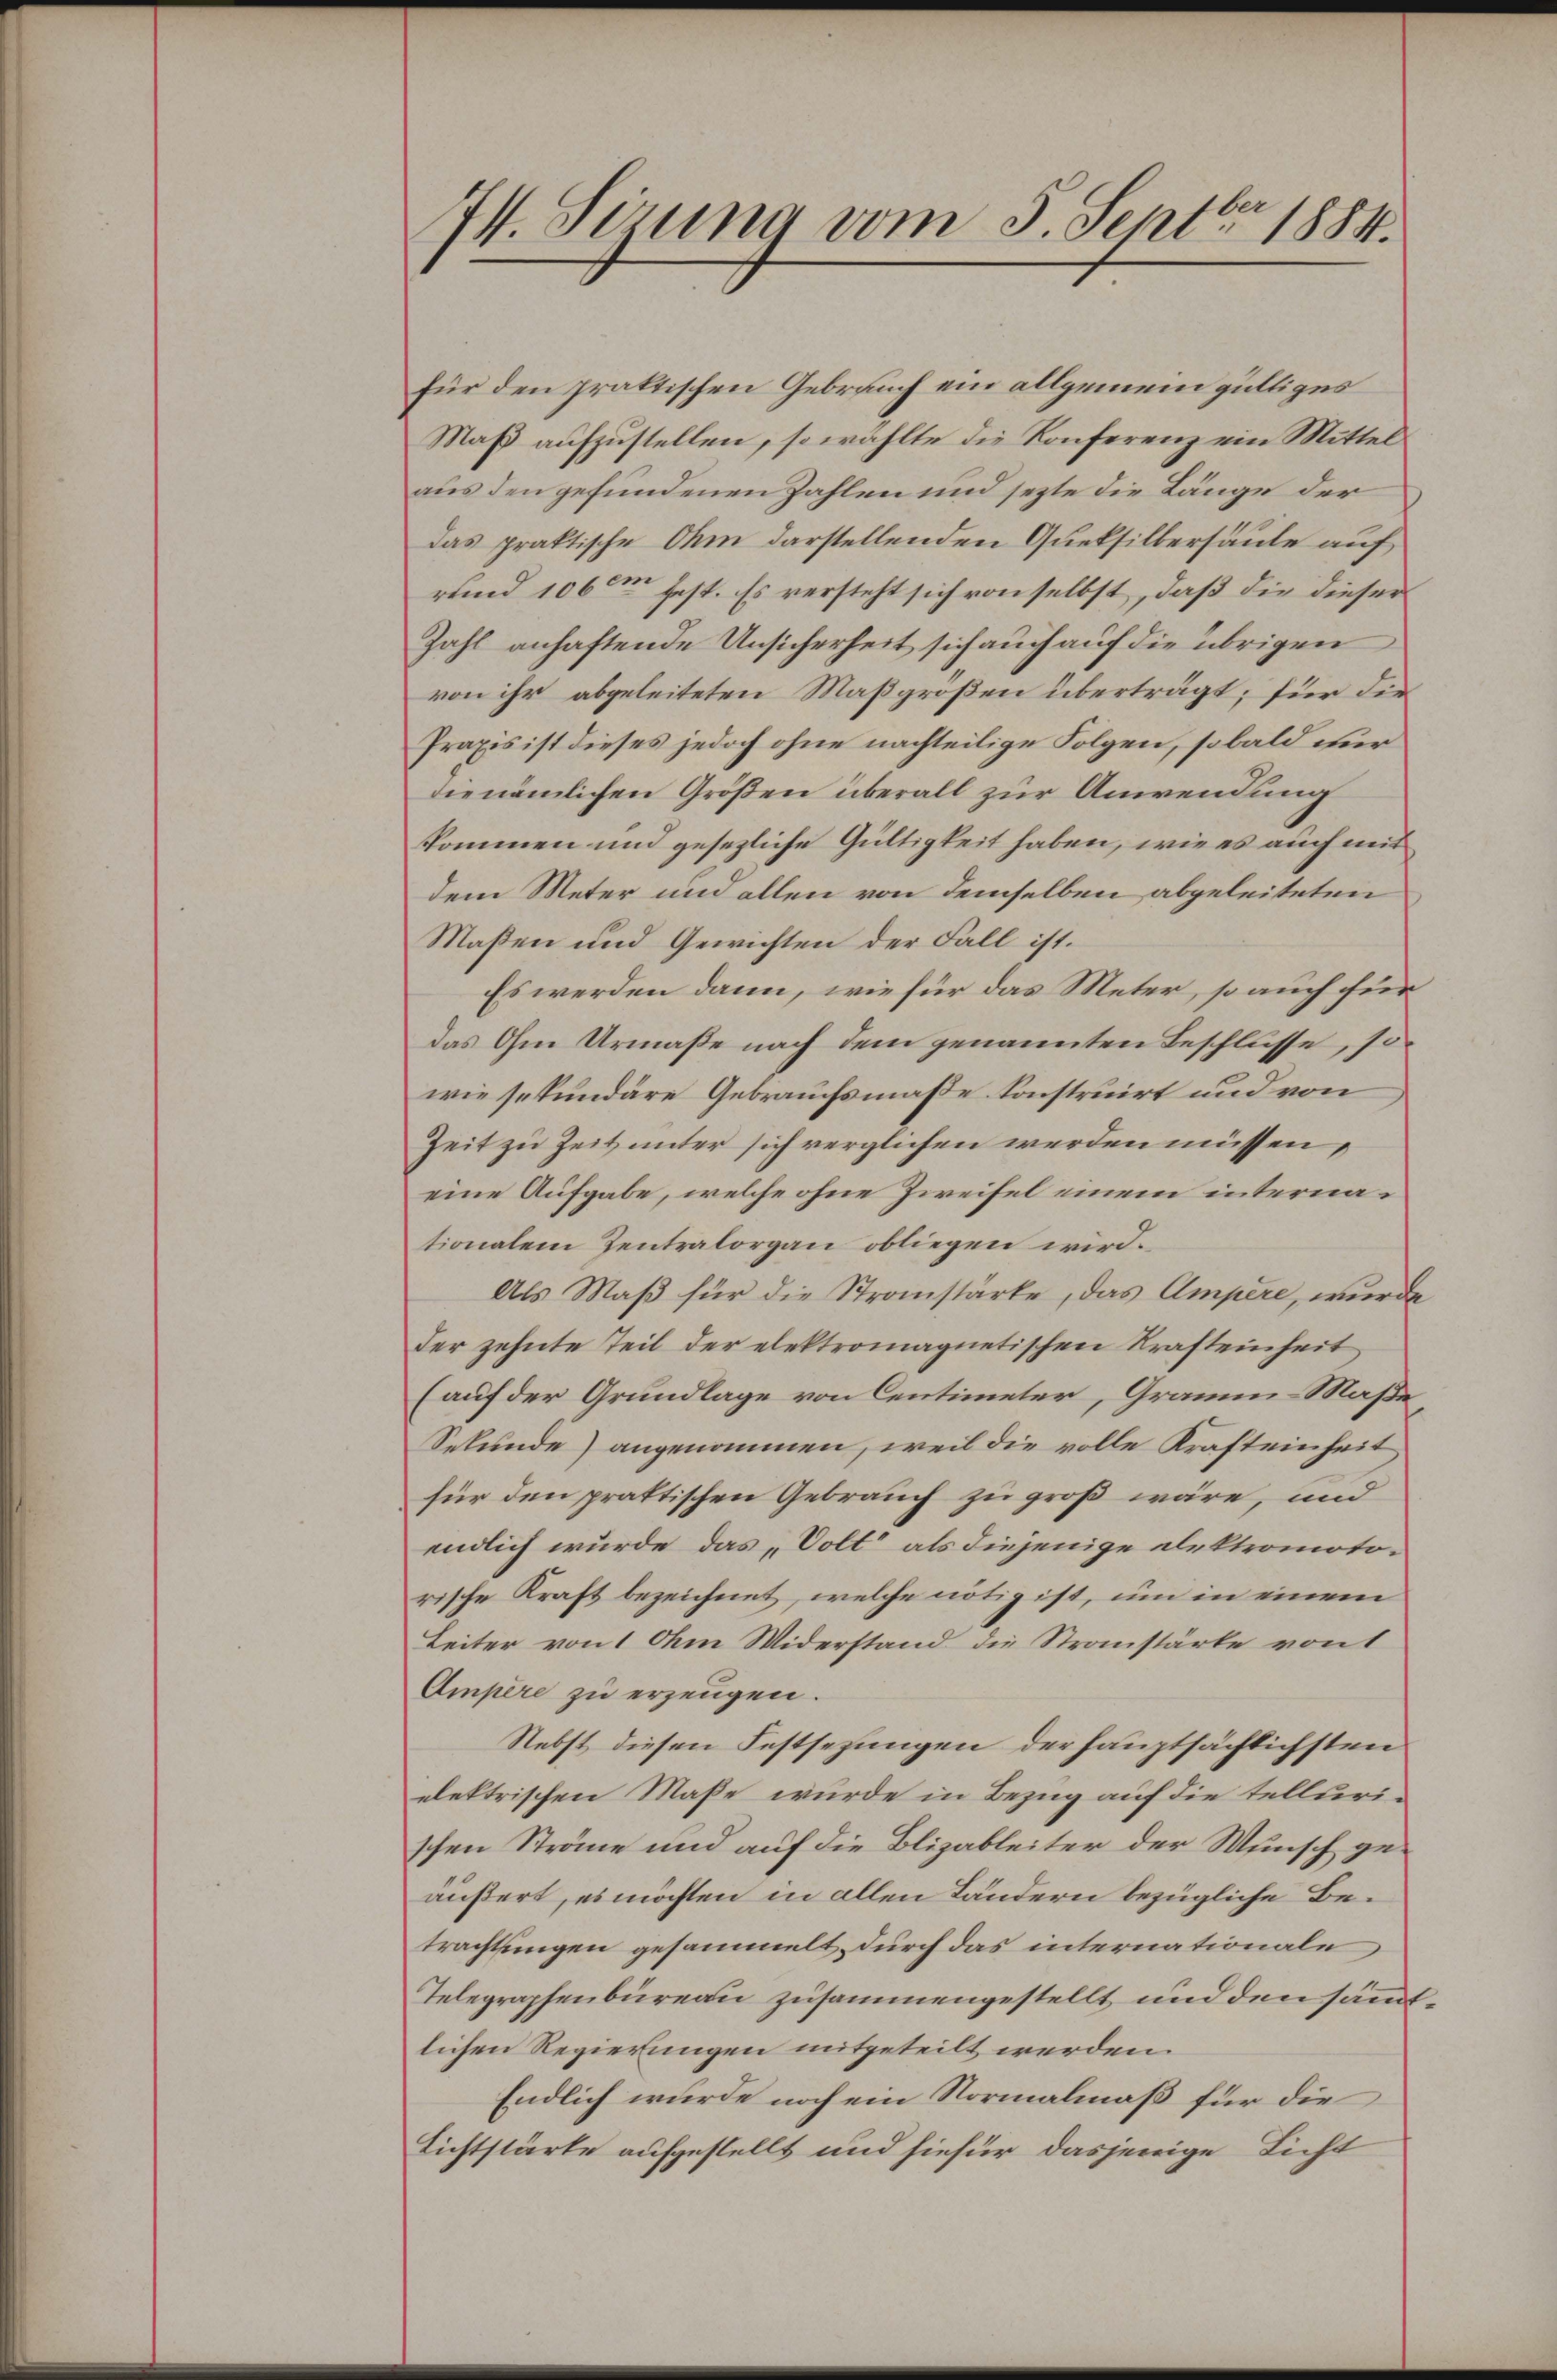
I4. Sizung vom 5. Septbr 1884.

für den praktischen Gebrauch ein allgemein gültiges
Maß aufzustellen, so wählte die Konferenz ein Mittel
aus den gefundenen Zahlen und jetzte die Länge der
das praktische Ihm darstellenden Queksilbersäule auf
rund 106 fest. Es versteht sich von selbst, daß die dieser
Zahl anhaftende Unsicherheit sich auch auf die übrigen
von ihr abgeleiteten Maßgroßen überträgt; für die
Praxis ist dieses jedoch ohne nachteilige Folgen, sobald nur
die nämlichen Größen überall zur Anwendung
kommen und gesezliche Gültigkeit haben, wie es auch mit
dem Meter und allen von demselben abgeleiteten
Maßen und Gewichten der Fall ist.
Es werden dann, wie für das Meter, so auch für
das Ohm Urmaße nach dem genannten Beschlüsse, so
wie sekundäre Gebrauchsmaße konstruirt und von
Zeit zu Zeit unter sich verglichen werden müssen,
eine Aufgabe, welche ohne Zweifel einem internationalem Zentralorgan obliegen wird.
Als Maß für die Stranstärke, das Ampere, wurde
der zehnte Teil der elektromagnetischen Krafteinheit
(auf der Grundlage von Centimeter, Gramm-Maße
Sekunde) angenommen, weil die volle Krafteinheit
für den praktischen Gebrauch zu groß wäre, und
endlich wurde das „Volt“ als diejenige elektromotorische Kraft bezeichnet, welche nötig ist, um in einem
Leiter von 1 Ohm Widerstand die Stranstärke von 1
Ampere zu erzeugen.
Nebst diesen Festsezungen der hauptsächlichsten
elektrischen Maße wurde in Bezug auf die tellurischen Sträne und auf die Blizableiter der Wunsch geäußert, es möchten in allen Ländern bezügliche Betrachtungen gesammelt, durch das internationale
Telegraphenbureau zusammengestellt und den sämmtlichen Regierungen mitgeteilt werden.
Endlich wurde noch ein Normalmäß für die
Lichtstärke aufgestellt und hiefür dasjenige Licht